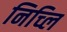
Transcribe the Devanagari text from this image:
निच्लि